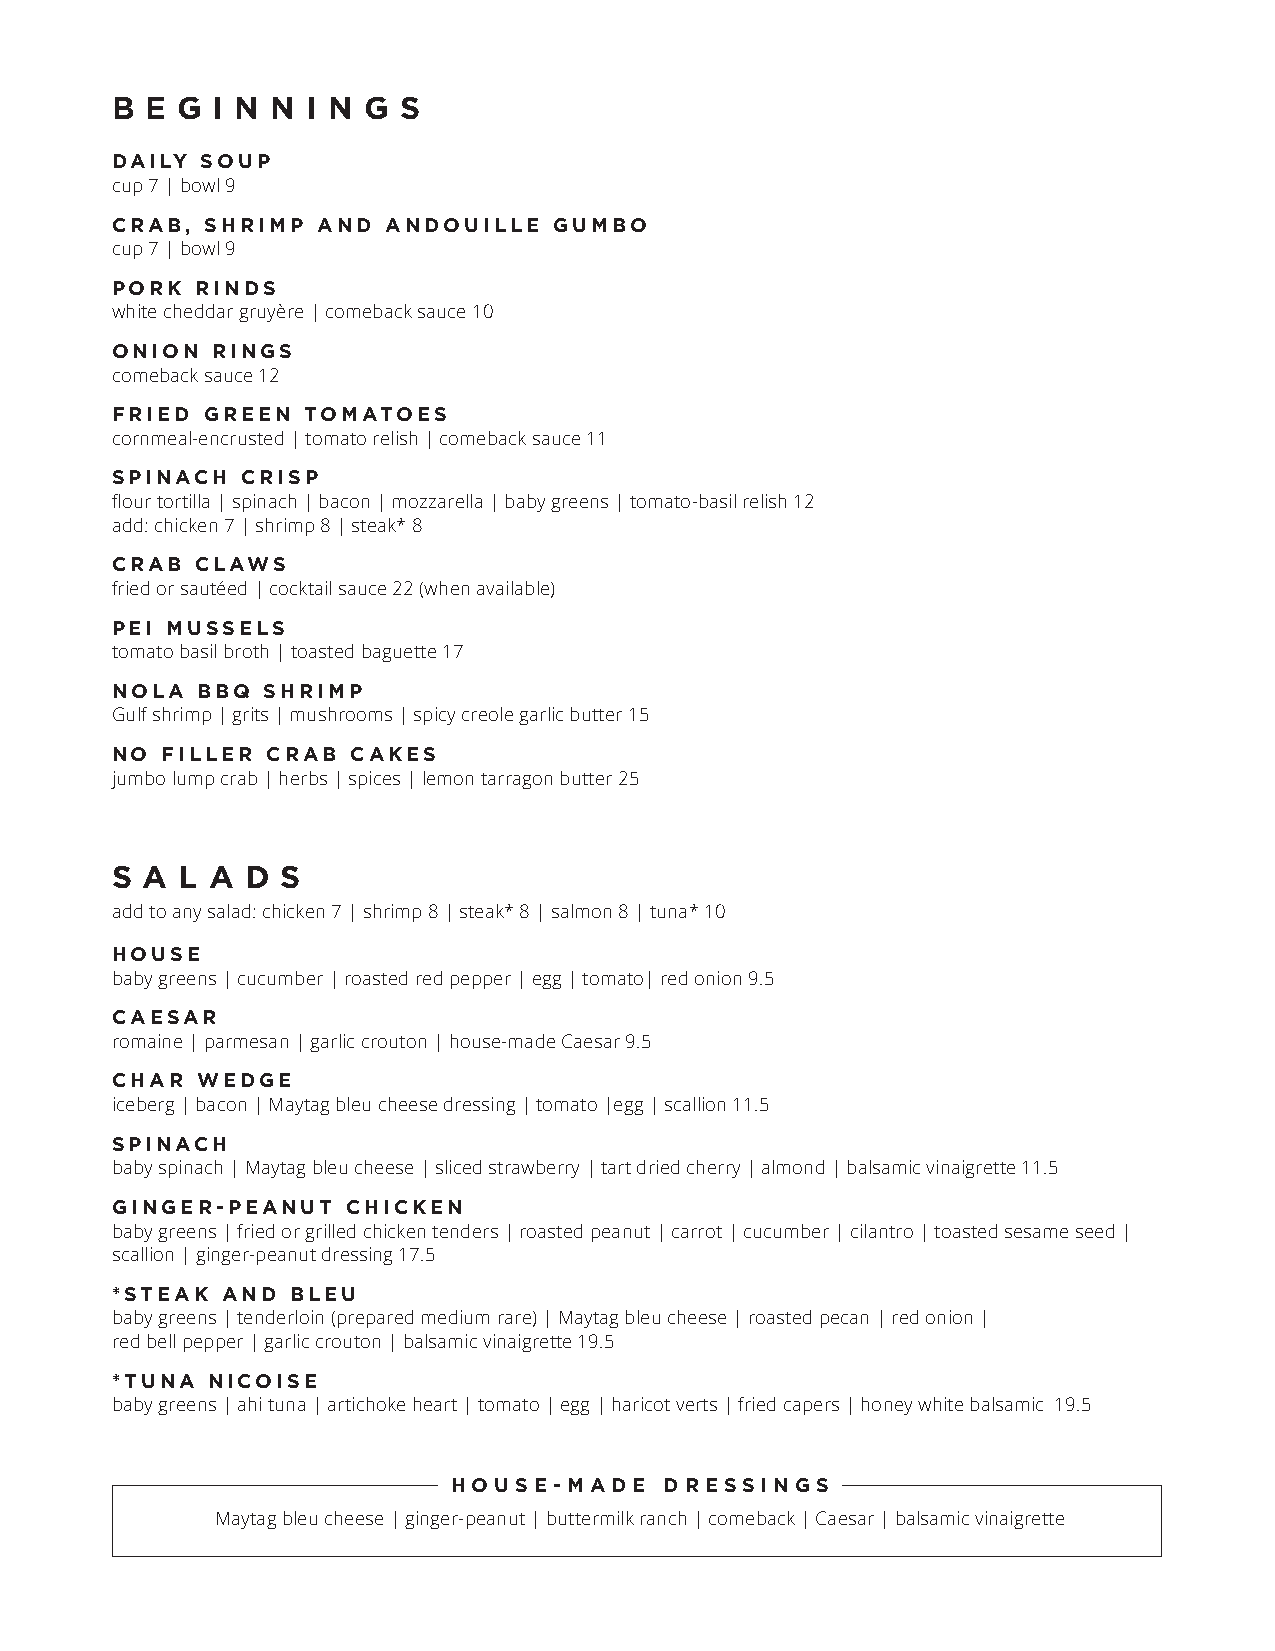
B  E G I N N I N G S
 DAILY SOUP
 cup 7 | bowl 9
 CRAB,  SHRIMP AND  ANDOUILLE  GUMBO
 cup 7 | bowl 9
 PORK  RINDS
 white cheddar gruyère | comeback sauce 10
 ONION  RINGS
 comeback sauce 12
 FRIED GREEN  TOMATOES
 cornmeal-encrusted | tomato relish | comeback sauce 11
 SPINACH  CRISP
 flour tortilla | spinach | bacon | mozzarella | baby greens | tomato-basil relish 12
 add: chicken 7 | shrimp 8 | steak* 8
 CRAB  CLAWS
 fried or sautéed | cocktail sauce 22 (when available)
 PEI MUSSELS
 tomato basil broth | toasted baguette 17
 NOLA  BBQ SHRIMP
 Gulf shrimp | grits | mushrooms | spicy creole garlic butter 15
 NO  FILLER CRAB CAKES
 jumbo lump crab | herbs | spices | lemon tarragon butter 25
 S A  L A D  S
 add to any salad: chicken 7 | shrimp 8 | steak* 8 | salmon 8 | tuna* 10
 HOUSE
 baby greens | cucumber | roasted red pepper | egg | tomato| red onion 9.5
 CAESAR
 romaine | parmesan | garlic crouton | house-made Caesar 9.5
 CHAR  WEDGE
 iceberg | bacon | Maytag bleu cheese dressing | tomato |egg | scallion 11.5
 SPINACH
 baby spinach | Maytag bleu cheese | sliced strawberry | tart dried cherry | almond | balsamic vinaigrette 11.5
 GINGER-PEANUT   CHICKEN
 baby greens | fried or grilled chicken tenders | roasted peanut | carrot | cucumber | cilantro | toasted sesame seed |
 scallion | ginger-peanut dressing 17.5
 *STEAK  AND BLEU
 baby greens | tenderloin (prepared medium rare) | Maytag bleu cheese | roasted pecan | red onion |
 red bell pepper | garlic crouton | balsamic vinaigrette 19.5
 *TUNA  NICOISE
 baby greens | ahi tuna | artichoke heart | tomato | egg | haricot verts | fried capers | honey white balsamic 19.5
 HOUSE-MADE    DRESSINGS
 Maytag bleu cheese | ginger-peanut | buttermilk ranch | comeback | Caesar | balsamic vinaigrette